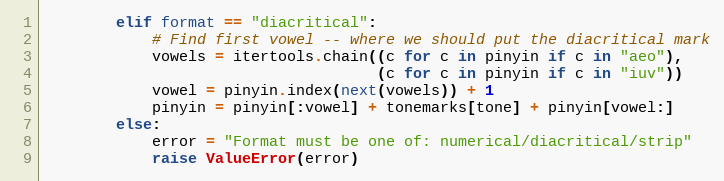
Language: Python
        elif format == "diacritical":
            # Find first vowel -- where we should put the diacritical mark
            vowels = itertools.chain((c for c in pinyin if c in "aeo"),
                                     (c for c in pinyin if c in "iuv"))
            vowel = pinyin.index(next(vowels)) + 1
            pinyin = pinyin[:vowel] + tonemarks[tone] + pinyin[vowel:]
        else:
            error = "Format must be one of: numerical/diacritical/strip"
            raise ValueError(error)